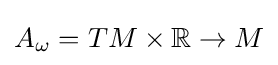
A_{\omega }=TM\times \mathbb {R} \to M